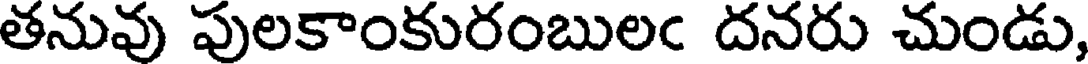
తనువు పులకాంకురంబులఁ దనరు చుండు,